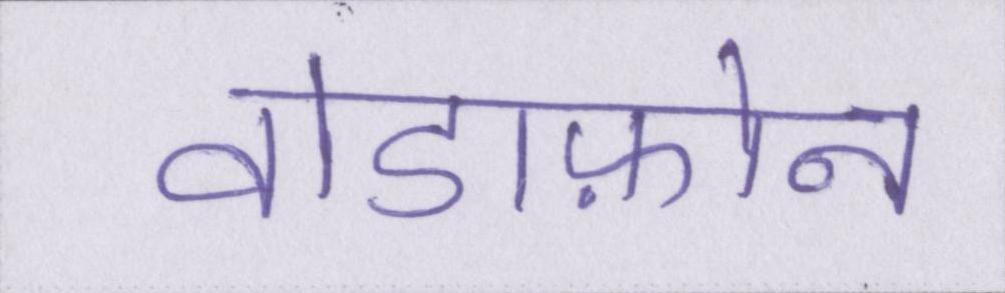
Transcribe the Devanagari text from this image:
वोडाफ़ोन